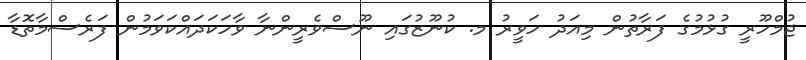
ޖުމްހޫރީ ގުޅުމުގެ ފަރާތުން މިއަދު ހަވީރު މ. ކުނޫޒުގައި ނޫސްވެރީންނާ ވާހަކަދައްކަވަމުން ފަރެސްމާތޮޑާ